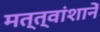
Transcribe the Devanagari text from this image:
मत्त्वांशानें